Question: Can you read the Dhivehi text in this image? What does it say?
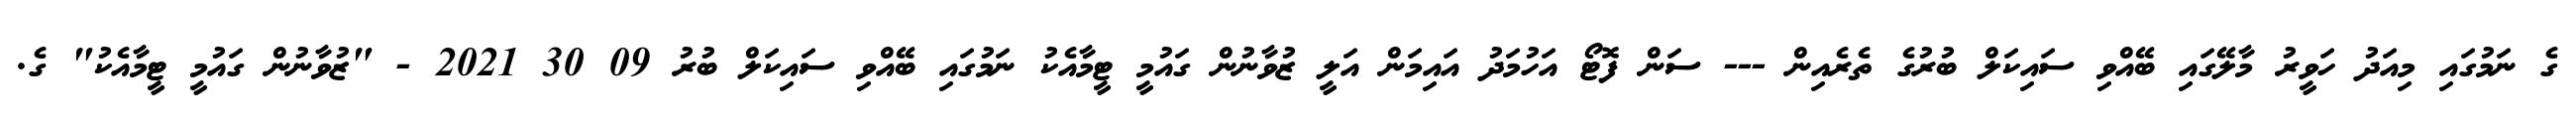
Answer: ގެ ނަމުގައި މިއަދު ހަވީރު މާލޭގައި ބޭއްވި ސައިކަލް ބުރުގެ ތެރެއިން --- ސަން ފޮޓޯ އަހުމަދު އައިމަން އަލީ ޒުވާނުން ގައުމީ ޓީމާއެކު ނަމުގައި ބޭއްވި ސައިކަލް ބުރު 09 30 2021 - "ޒުވާނުން ގައުމީ ޓީމާއެކު" ގެ.